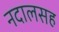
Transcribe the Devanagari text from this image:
नदालसह